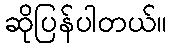
ဆိုပြန်ပါတယ်။